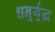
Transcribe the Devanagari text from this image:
धनुर्युद्ध